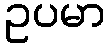
ဥပမာ